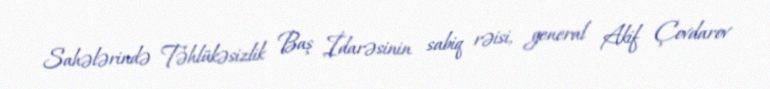
Sahələrində Təhlükəsizlik Baş İdarəsinin sabiq rəisi, general Akif Çovdarov